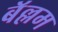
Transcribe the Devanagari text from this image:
बॅल्लम